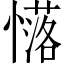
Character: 𢣅